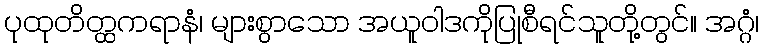
ပုထုတိတ္ထကရာနံ၊ များစွာသော အယူဝါဒကိုပြုစီရင်သူတို့တွင်။ အဂ္ဂံ၊